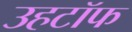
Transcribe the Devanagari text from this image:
उहटॉफ